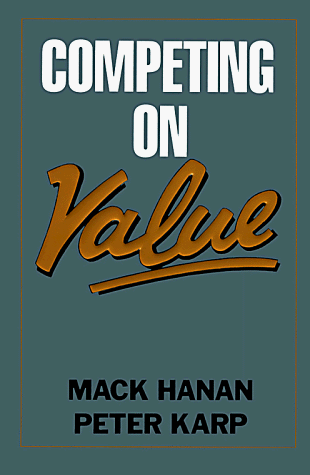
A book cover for Competing on Value; Mack Hanan; Business & Money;